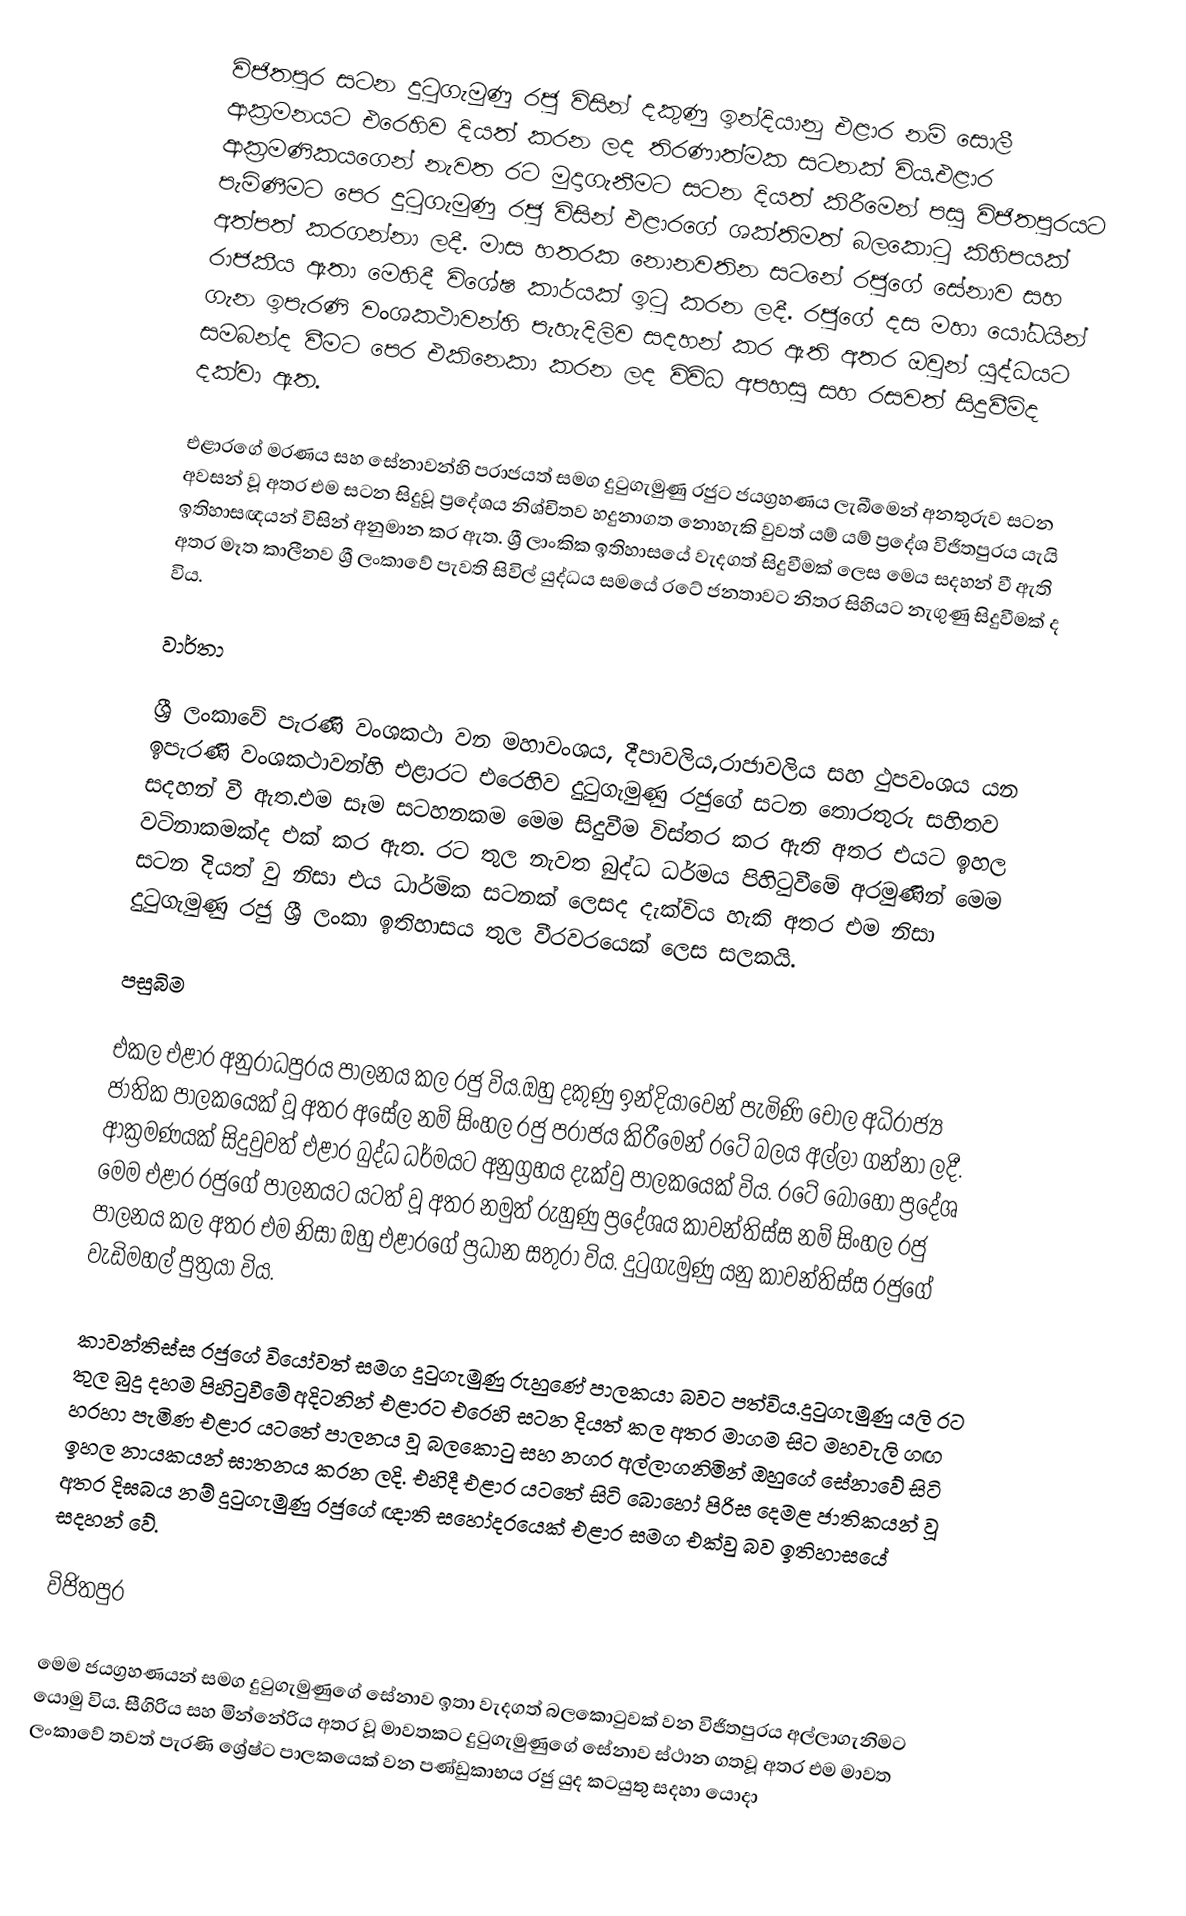
විජිතපුර සටන දුටුගැමුණු රජු විසින් දකුණු ඉන්දියානු එළාර නම් සොලී ආක්‍රමනයට එරෙහිව දියත් කරන ලද තිරණාත්මක සටනක් විය.එළාර ආක්‍රමණිකයගෙන් නැවත රට මුදාගැනීමට සටන දියත් කිරීමෙන් පසු විජිතපුරයට පැමිණීමට පෙර දුටුගැමුණු රජු විසින් එළාරගේ ශක්තිමත් බලකොටු කිහිපයක් අත්පත් කරගන්නා ලදී. මාස හතරක නොනවතින සටනේ රජුගේ සේනාව සහ රාජකීය ඇතා මෙහිදී විශේෂ කාර්යක් ඉටු කරන ලදී. රජුගේ දස මහා යෝධයින් ගැන ඉපැරණි වංශකථාවන්හි පැහැදිලිව සදහන් කර ඇති අතර ඔවුන් යුද්ධයට සමබන්ද වීමට පෙර එකිනෙකා කරන ලද විවිධ අපහසු සහ රසවත් සිදුවීම්ද දක්වා ඇත.

එළාරගේ මරණය සහ සේනාවන්හි පරාජයත් සමග දුටුගැමුණු රජුට ජයග්‍රහණය ලැබීමෙන් අනතුරුව සටන අවසන් වූ අතර එම සටන සිදුවූ ප්‍රදේශය නිශ්චිතව හදුනාගත නොහැකි වුවත්  යම් යම් ප්‍රදේශ විජිතපුරය යැයි ඉතිහාසඥයන් විසින් අනුමාන කර ඇත. ශ්‍රී ලාංකික ඉතිහාසයේ වැදගත් සිදුවීමක් ලෙස මෙය සදහන් වී ඇති අතර මෑත කාලීනව ශ්‍රී ලංකාවේ පැවති සිවිල් යුද්ධය සමයේ රටේ ජනතාවට නිතර සිහියට නැගුණු සිදුවීමක් ද විය.

වාර්තා

ශ්‍රී ලංකාවේ පැරණි වංශකථා වන මහාවංශය, දීපාවලිය,රාජාවලිය සහ ථුපවංශය යන ඉපැරණි වංශකථාවන්හි එළාරට එරෙහිව දුටුගැමුණු රජුගේ සටන තොරතුරු සහිතව සදහන් වී ඇත.එම සෑම සටහනකම මෙම සිදුවීම විස්තර කර ඇති අතර එයට ඉහල වටිනාකමක්ද එක් කර ඇත. රට තුල නැවත බුද්ධ ධර්මය පිහිටුවීමේ අරමුණින් මෙම සටන දියත් වු නිසා එය ධාර්මික සටනක් ලෙසද දැක්විය හැකි අතර එම නිසා දුටුගැමුණු රජු ශ්‍රී ලංකා ඉතිහාසය තුල වීරවරයෙක් ලෙස සලකයි.

පසුබිම

එකල  එළාර අනුරාධපුරය පාලනය කල  රජු විය.ඔහු දකුණු ඉන්දියාවෙන් පැමිණි චෝල අධිරාජ්‍ය ජාතික පාලකයෙක් වූ අතර අසේල නම් සිංහල රජු පරාජය කිරීමෙන් රටේ බලය අල්ලා ගන්නා ලදී. ආක්‍රමණයක් සිදුවුවත් එළාර බුද්ධ ධර්මයට අනුග්‍රහය දැක්වු පාලකයෙක් විය. රටේ බොහෝ ප්‍රදේශ මෙම  එළාර රජුගේ පාලනයට යටත් වූ අතර නමුත් රුහුණු ප්‍රදේශය කාවන්තිස්ස නම් සිංහල රජු පාලනය කල අතර එම නිසා ඔහු එළාරගේ ප්‍රධාන සතුරා විය. දුටුගැමුණු යනු කාවන්තිස්ස රජුගේ වැඩිමහල් පුත්‍රයා විය.

කාවන්තිස්ස රජුගේ වියෝවත් සමග දුටුගැමුණු රුහුණේ පාලකයා බවට පත්විය.දුටුගැමුණු යලි රට තුල බුදු දහම පිහිටුවීමේ අදිටනින් එළාරට එරෙහි සටන දියත් කල අතර මාගම සිට මහවැලි  ගඟ හරහා පැමිණ එළාර යටතේ පාලනය වූ බලකොටු සහ නගර අල්ලාගනිමින් ඔහුගේ සේනාවේ සිටි ඉහල නායකයන් ඝාතනය කරන ලදි.  එහිදී එළාර යටතේ සිටි බොහෝ පිරිස දෙමළ ජාතිකයන් වූ අතර දිඝබය නම් දුටුගැමුණු රජුගේ ඥාති සහෝදරයෙක් එළාර සමග එක්වු බව ඉතිහාසයේ සදහන් වේ.

විජිතපුර

මෙම ජයග්‍රහණයන් සමග දුටුගැමුණුගේ සේනාව ඉතා වැදගත් බලකොටුවක් වන විජිතපුරය අල්ලාගැනිමට යොමු විය.  සීගිරිය සහ මින්නේරිය අතර වූ මාවතකට දුටුගැමුණුගේ සේනාව ස්ථාන ගතවූ අතර එම මාවත ලංකාවේ තවත් පැරණි ශ්‍රේෂ්ට පාලකයෙක් වන පණ්ඩුකාභය රජු යුද කටයුතු සදහා යොදා